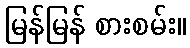
မြန်မြန် စားစမ်း။